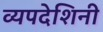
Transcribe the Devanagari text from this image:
व्यपदेशिनी